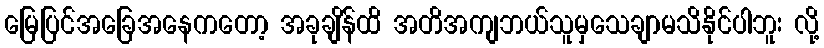
မြေပြင်အခြေအနေကတော့ အခုချိန်ထိ အတိအကျဘယ်သူမှသေချာမသိနိုင်ပါဘူး လို့